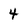
Character: 4